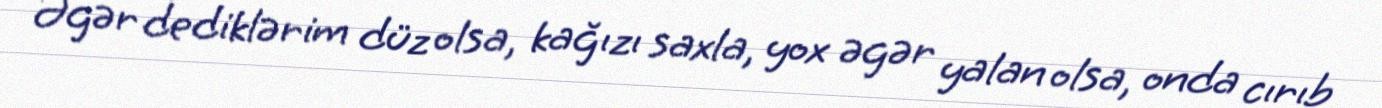
Əgər dediklərim düz olsa, kağızı saxla, yox əgər yalan olsa, onda cırıb